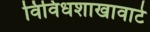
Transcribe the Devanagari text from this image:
विविधशाखावाटे